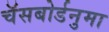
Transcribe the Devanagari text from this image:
चॅसबोर्डनुमा